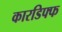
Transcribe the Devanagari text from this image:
कारडिफ्फ